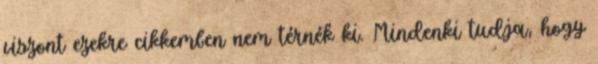
viszont ezekre cikkemben nem térnék ki. Mindenki tudja, hogy